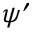
\psi ^ { \prime }